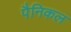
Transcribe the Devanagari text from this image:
पैनिकल